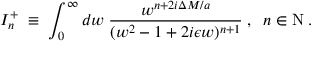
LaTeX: { \cal I } _ { n } ^ { + } \; \equiv \; \int _ { 0 } ^ { \infty } d w \; \frac { w ^ { n + 2 i \Delta M / a } } { ( w ^ { 2 } - 1 + 2 i \epsilon w ) ^ { n + 1 } } \; , \; \; n \in \mathrm { N } \; .